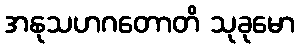
အနုသဟဂတောတိ သုခုမော